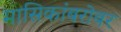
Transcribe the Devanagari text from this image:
मासिकांबरोबर